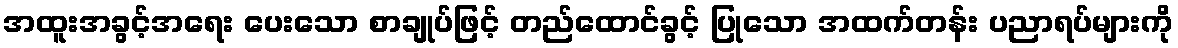
အထူးအခွင့်အရေး ပေးသော စာချုပ်ဖြင့် တည်ထောင်ခွင့် ပြုသော အထက်တန်း ပညာရပ်များကို